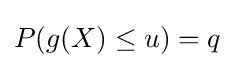
P(g(X)\leq u)=q